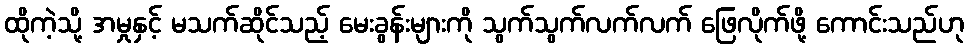
ထိုကဲ့သို့ အမှုနှင့် မသက်ဆိုင်သည့် မေးခွန်းများကို သွက်သွက်လက်လက် ဖြေလိုက်ဖို့ ကောင်းသည်ဟု